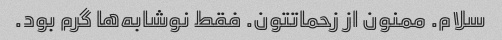
سلام. ممنون از زحماتتون. فقط نوشابه‌ها گرم بود.